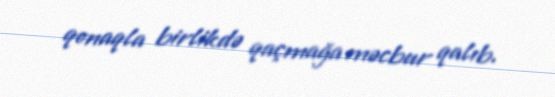
qonaqla birlikdə qaçmağa məcbur qalıb.